画像に写った文字を読んでください
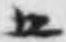
「五」と書いてあります